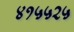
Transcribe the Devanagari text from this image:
४१५५२५